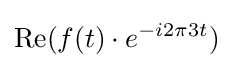
\operatorname {Re} (f(t)\cdot e^{-i2\pi 3t})